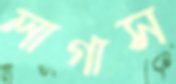
লাগাস